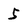
Character: 5